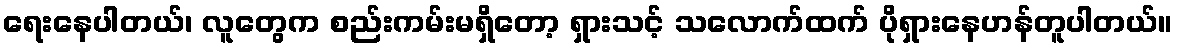
ရေးနေပါတယ်၊ လူတွေက စည်းကမ်းမရှိတော့ ရှားသင့် သလောက်ထက် ပိုရှားနေဟန်တူပါတယ်။